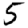
Digit: 5